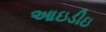
આઇડીઇ